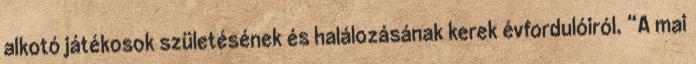
alkotó játékosok születésének és halálozásának kerek évfordulóiról. “A mai